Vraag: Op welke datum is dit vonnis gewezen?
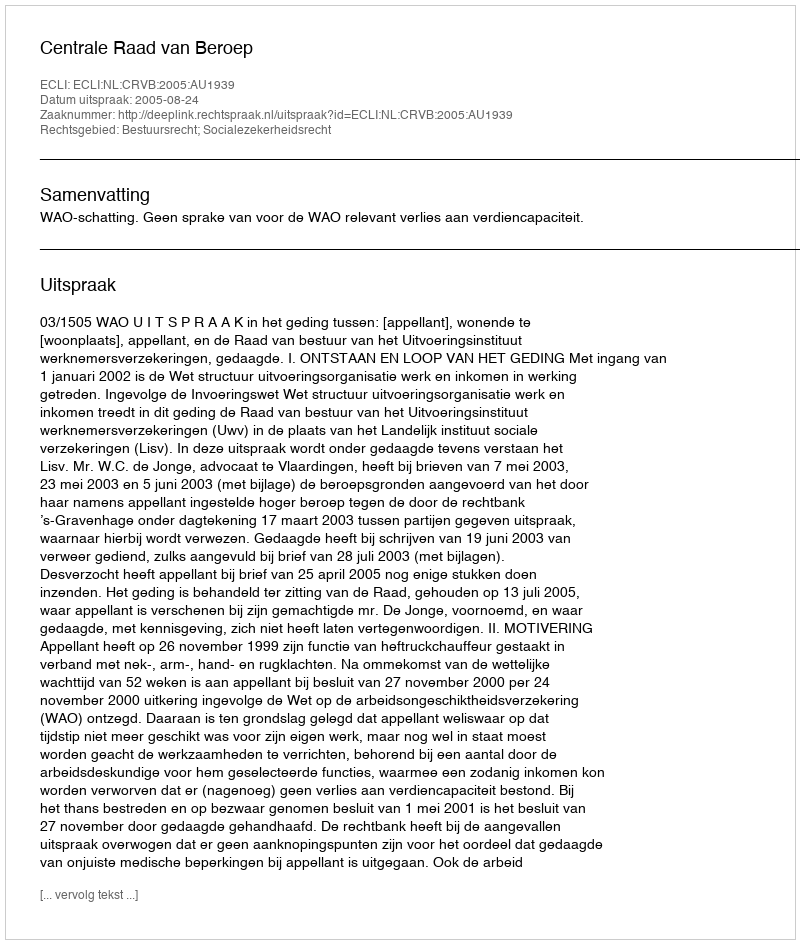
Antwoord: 2005-08-24